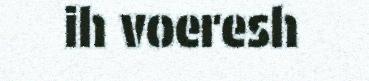
ih voeresh